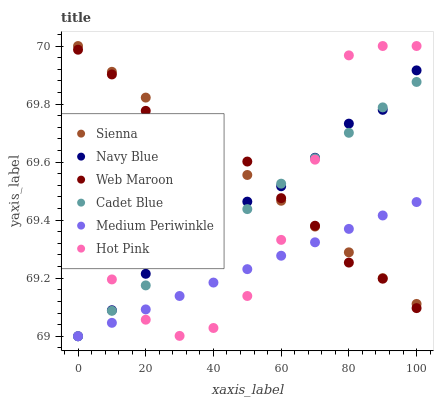
| xaxis_label | Sienna | Navy Blue | Web Maroon | Cadet Blue | Medium Periwinkle | Hot Pink |
 | --- | --- | --- | --- | --- | --- | --- |
 | 0 | 70 | 69 | 70 | 69 | 69 | 69.4 |
 | 10 | 69.9 | 69.1 | 69.9 | 69.1 | 69 | 69.2 |
 | 20 | 69.8 | 69.2 | 69.8 | 69.2 | 69.1 | 69.1 |
 | 30 | 69.7 | 69.3 | 69.7 | 69.3 | 69.1 | 69 |
 | 40 | 69.6 | 69.3 | 69.7 | 69.4 | 69.2 | 69 |
 | 50 | 69.6 | 69.5 | 69.6 | 69.4 | 69.2 | 69.1 |
 | 60 | 69.5 | 69.5 | 69.5 | 69.5 | 69.3 | 69.3 |
 | 70 | 69.4 | 69.6 | 69.4 | 69.6 | 69.3 | 69.6 |
 | 80 | 69.3 | 69.7 | 69.3 | 69.7 | 69.4 | 70 |
 | 90 | 69.2 | 69.8 | 69.2 | 69.8 | 69.4 | 70 |
 | 100 | 69.1 | 69.9 | 69.1 | 69.9 | 69.5 | 70 |